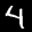
Label: 4